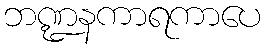
ဘဏ္ဍနကာရကာပေ